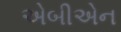
એબીએન